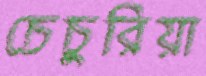
চেচুরিয়া